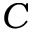
C